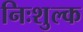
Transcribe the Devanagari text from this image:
निःशुल्‍क